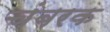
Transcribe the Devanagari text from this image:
चंबरक